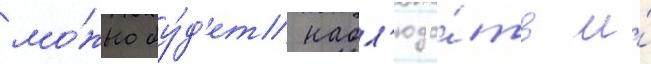
мо́жно бу́д'ет набл'юда́ть и́